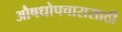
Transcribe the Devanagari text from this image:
औषधोपचारासाठी